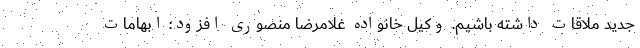
جدید ملاقات داشته باشیم. وکیل خانواده غلامرضا منصوری افزود: ابهامات